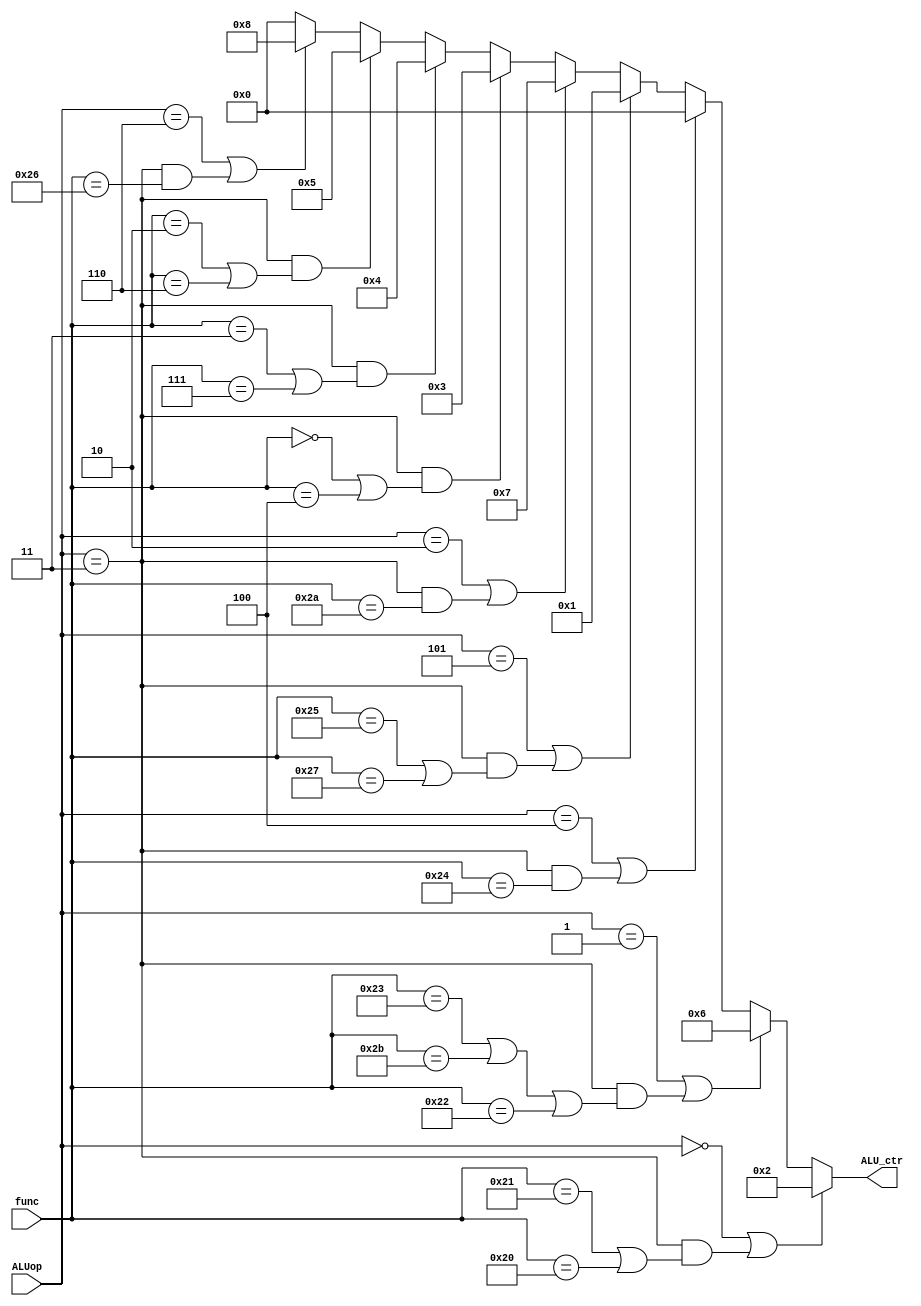
module ALU_control(
	input [5:0] func,
	input [2:0] ALUop,
	output [3:0] ALU_ctr  //ctr is the abbr of 'control'
);

	assign ALU_ctr=(ALUop==3'b000 || ALUop==3'b011 && (func==6'b100001 || func==6'b100000))?4'b0010:  //add
				   (ALUop==3'b001 || 
				   ALUop==3'b011 && (func==6'b100011 || func==6'b101011 || func==6'b100010))?4'b0110:  //sub
				   (ALUop==3'b100 ||ALUop==3'b011 && func==6'b100100)?4'b0000:  //and
				   (ALUop==3'b101 || 
				   ALUop==3'b011 && (func==6'b100101 || func==6'b100111))?4'b0001:  //or
				   (ALUop==3'b010 || ALUop==3'b011 && func==6'b101010)?4'b0111:  //slt
				   (ALUop==3'b011 && (func==6'b000000 || func==6'b000100))?4'b0011:  //shift_left
				   (ALUop==3'b011 && (func==6'b000011 || func==6'b000111))?4'b0100:
				                                                           //shift_right_arith
			       (ALUop==3'b011 && (func==6'b000010 || func==6'b000110))?4'b0101:
					                                                       //shift_right_logic
				   (ALUop==3'b110 || ALUop==3'b011 && func==6'b100110)?4'b1000:  //xor
				   3'b000;

endmodule